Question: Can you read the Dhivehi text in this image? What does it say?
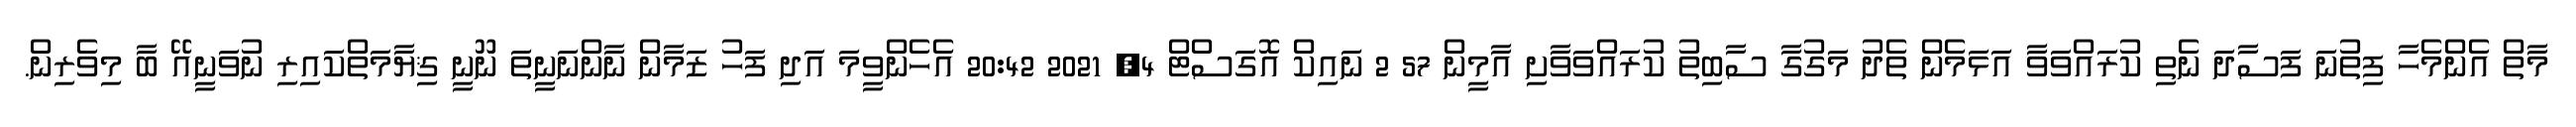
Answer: މާތް އެންމެހާ ފިތުނަ ފަސާދަ ނެތި ކުރައްވަވާ އަޅަމެން ތެދު މަގުގާ ސާބިތު ކުރައްވަވާށި އާމީން 57 2 ނައިކް އޮގަސްޓް 4, 2021 20:42 އެހެންވީމަ އަދި ފަހު ޒަމާން ނާންނަނީތަ ނޫނީ ޤިޔާމަތްކައިރި ނުވަނީއޭ ބާ މިވެރިން.